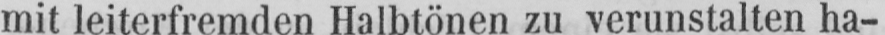
mit leiterfremden Halbtönen zu verunstalten ha-